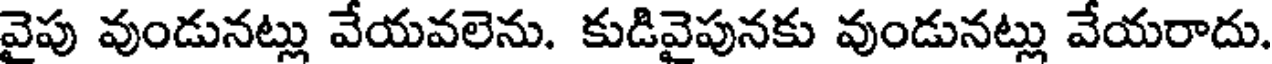
వైపు వుండునట్లు వేయవలెను. కుడివైపునకు వుండునట్లు వేయరాదు.